Senior Leaving Certificate Examination (including Day School Certificate (Higher) General paper), 1949
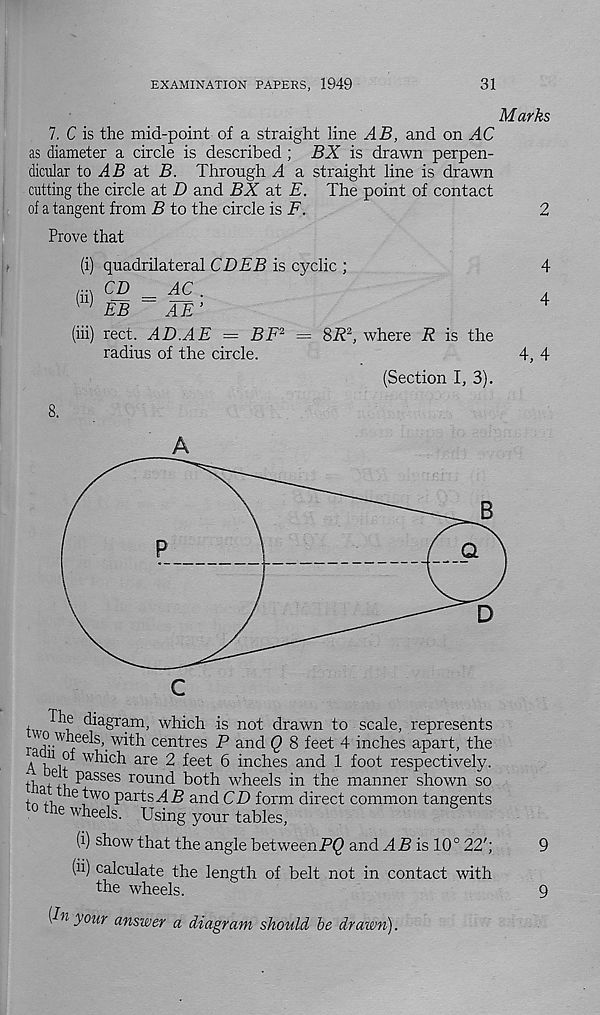
EXAMINATION PAPERS, 1949
31
Marks
7. C is the mid-point of a straight line AB, and on AC
as diameter a circle is described ; BX is drawn perpen-
dicular to A B at B. Through A a straight line is drawn
cutting the circle at D and BX at E. The point of contact
of a tangent from B to the circle is F.
2
Prove that
(i) quadrilateral CDEB is cyclic ;
4
CD _ AC .
.
EB
AE ’
4
(hi) rect. AD.AE = BF 2 = Si? 2 , where R is the
radius of the circle.
4, 4
(Section I, 3).
8.
A
t
kf diagram, which is not drawn to scale, represents
_ ?• .^h ee l s ,. with centres P and Q 8 feet 4 inches apart, the
A hu w^c h a rc 2 feet 6 inches and 1 foot respectively,
xi x 6 j) P ass es round both wheels in the manner shown so
? wo P ar t s 2? and CD form direct common tangents
t0 the wh eels. Using your tables,
(i) show that the angle betweenP() and x4P is 10° 22';
9
(h) calculate the length of belt not in contact with
the wheels.
9
[In your answer a diagram should he drawn).